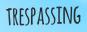
TRESPASSING